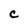
Character: C